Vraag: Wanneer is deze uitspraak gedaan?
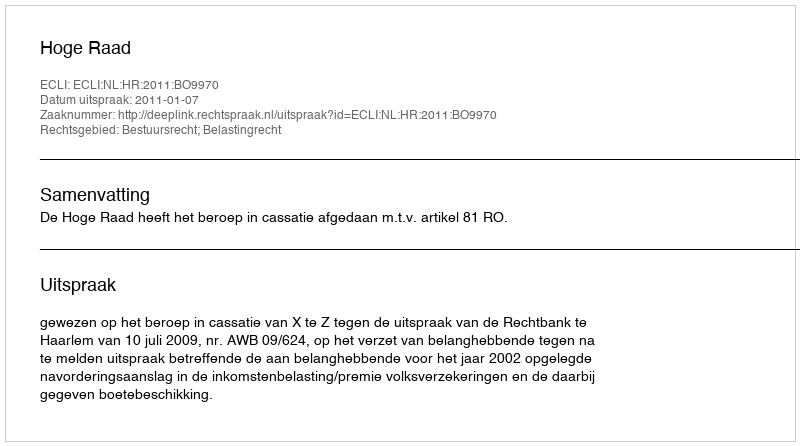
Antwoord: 2011-01-07